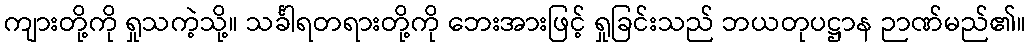
ကျားတို့ကို ရှုသကဲ့သို့။ သင်္ခါရတရားတို့ကို ဘေးအားဖြင့် ရှုခြင်းသည် ဘယတုပဋ္ဌာန ဉာဏ်မည်၏။